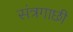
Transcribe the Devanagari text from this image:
संत्रगाछी